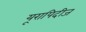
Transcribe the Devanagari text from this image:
यूरापिदीज